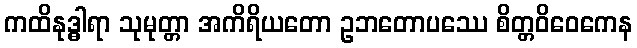
ကထိနုဒ္ဓါရာ သုမုတ္တာ အကိရိယတော ဥဘတောပဿေ စိတ္တဝိဝေကေန